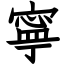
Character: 寧